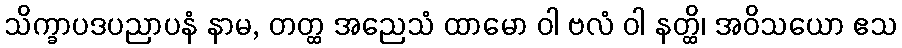
သိက္ခာပဒပညာပနံ နာမ, တတ္ထ အညေသံ ထာမော ဝါ ဗလံ ဝါ နတ္ထိ၊ အဝိသယော ဧသ